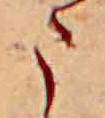
ま